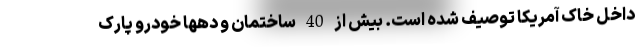
داخل خاک آمریکا توصیف شده است. بیش از 40 ساختمان و دهها خودرو پارک